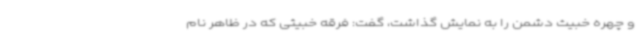
و چهره خبیث دشمن را به نمایش گذاشت، گفت: فرقه خبیثی که در ظاهر نام